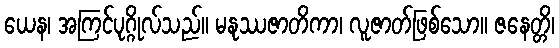
ယေန၊ အကြင်ပုဂ္ဂိုလ်သည်။ မနုဿဇာတိကာ၊ လူဇာတ်ဖြစ်သော။ ဇနေတ္တိ၊